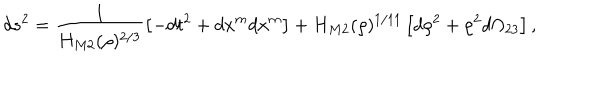
d s ^ { 2 } = \frac { 1 } { H _ { M 2 } ( \rho ) ^ { 2 / 3 } } \left[ - d t ^ { 2 } + d x ^ { m } d x ^ { m } \right] + H _ { M 2 } ( \rho ) ^ { 1 / 1 1 } \left[ d \rho ^ { 2 } + \rho ^ { 2 } d \Omega _ { 2 3 } \right] ,